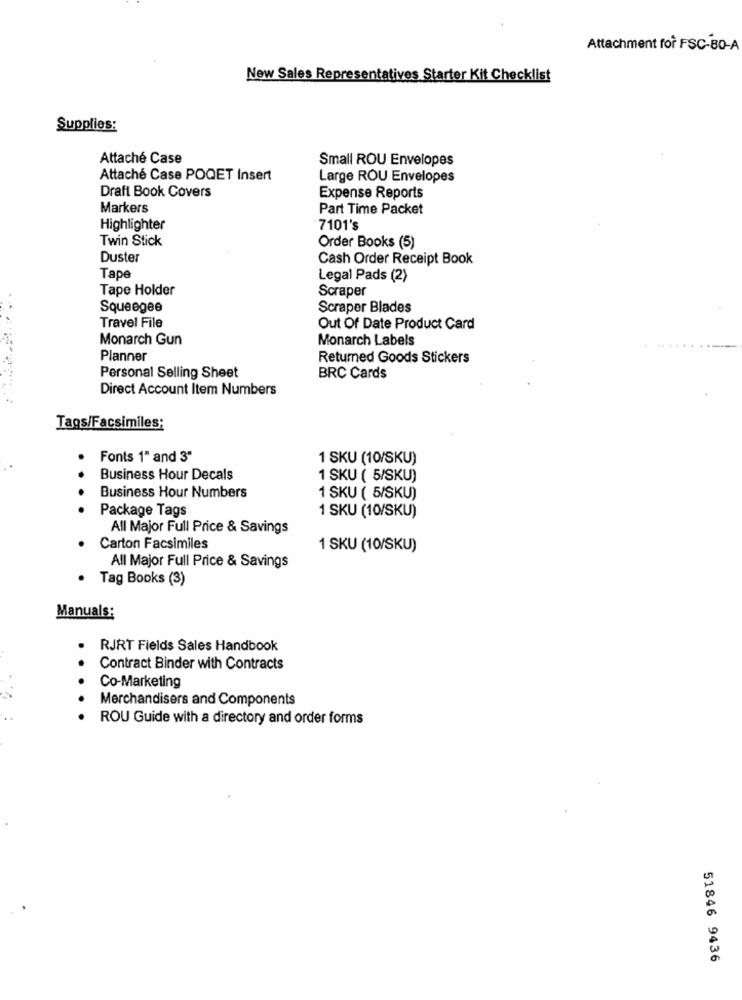
Attachment for FSC-80-A
New Sales Representatives Starter Kit Checklist
Supplies:
Attaché Case
Small ROU Envelopes
Attaché Case POQET Insert
Large ROU Envelopes
Draft Book Covers
Expense Reports
Markers
Part Time Packet
Highlighter
7101's
Twin Stick
Order Books (5)
Duster
Cash Order Receipt Book
Tape
Legal Pads (2)
Tape Holder
Scraper
Squeegee
Scraper Blades
Travel File
Out Of Date Product Card
Monarch Gun
Monarch Labels
Planner
Returned Goods Stickers
Personal Selling Sheet
BRC Cards
Direct Account Item Numbers
Tags/Facsimiles;
Fonts 1" and 3"
1 SKU (10/SKU)
Business Hour Decals
1 SKU ( 5/SKU)
Business Hour Numbers
1 SKU ( 5/SKU)
Package Tags
1 SKU (10/SKU)
All Major Full Price & Savings
Carton Facsimiles
1 SKU (10/SKU)
All Major Full Price & Savings
Tag Books (3)
Manuals:
RJRT Fields Sales Handbook
Contract Binder with Contracts
Co-Marketing
Merchandisers and Components
ROU Guide with a directory and order forms
51846 9436